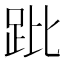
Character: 𧿥